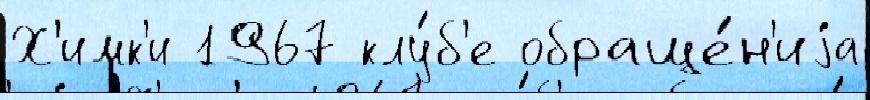
Х'имк'и 1967 клу́б'е обраще́н'иjа